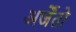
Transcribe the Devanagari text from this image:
अर्जेंतो